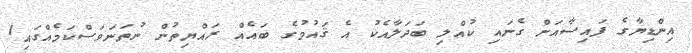
އިންޑިޔާގެ ފައިސާއަށް ގެނައި ކުއްލި ބަދަލާއެކު އެ ޤައުމުގެ ބައެއް ރައްޔިތުން ނުތަނަވަސްކަމެއްގައި1